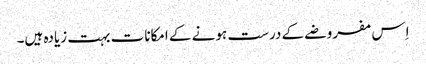
اِس مفروضے کے درست ہونے کے امکانات بہت زیادہ ہیں۔